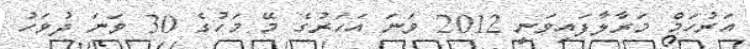
އަރުހަމް މަރާލާފައިވަނީ 2012 ވަނަ އަހަރުގެ މޭ މަހުގެ 30 ވަނަ ދުވަހު